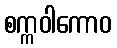
စက္ကဝါကောဝ